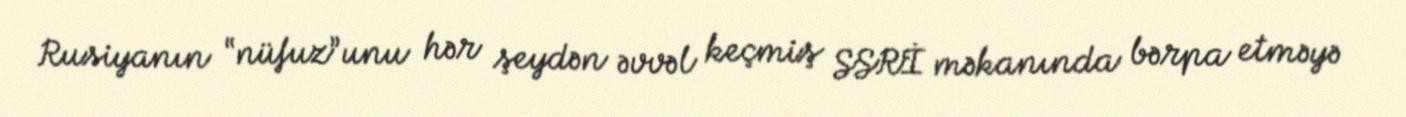
Rusiyanın “nüfuz”unu hər şeydən əvvəl keçmiş SSRİ məkanında bərpa etməyə